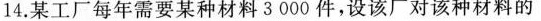
14.某工厂每年需要某种材料3000件，设该厂对该种材料的